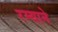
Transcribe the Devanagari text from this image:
रम्याने